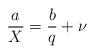
LaTeX: \begin{align*}\frac{a}{X}=\frac{b}{q}+\nu\end{align*}